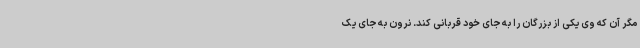
مگر آن که وی یکی از بزرگان را به جای خود قربانی کند. نرون به جای یک